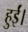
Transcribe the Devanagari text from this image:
हुर्ईं।